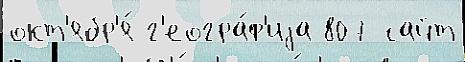
окт'ябр'я́ г'еогра́ф'иjа 807 сайт